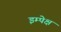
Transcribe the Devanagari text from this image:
इम्पेक्ष